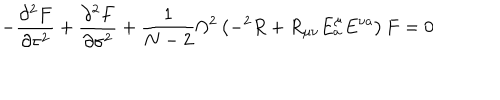
LaTeX: - \frac { \partial ^ { 2 } F } { \partial \tau ^ { 2 } } + \frac { \partial ^ { 2 } F } { \partial \sigma ^ { 2 } } + \frac { 1 } { N - 2 } \Omega ^ { 2 } \left( - ^ { 2 } R + R _ { \mu \nu } E _ { a } ^ { \mu } E ^ { \nu a } \right) F = 0